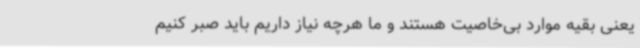
یعنی بقیه موارد بی‌خاصیت هستند و ما هرچه نیاز داریم باید صبر کنیم